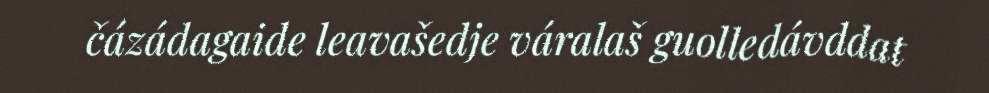
čázádagaide leavašedje váralaš guolledávddat